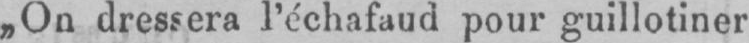
„On dressera l’échafaud pour guillotiner